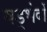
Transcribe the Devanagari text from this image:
षड्भेदों